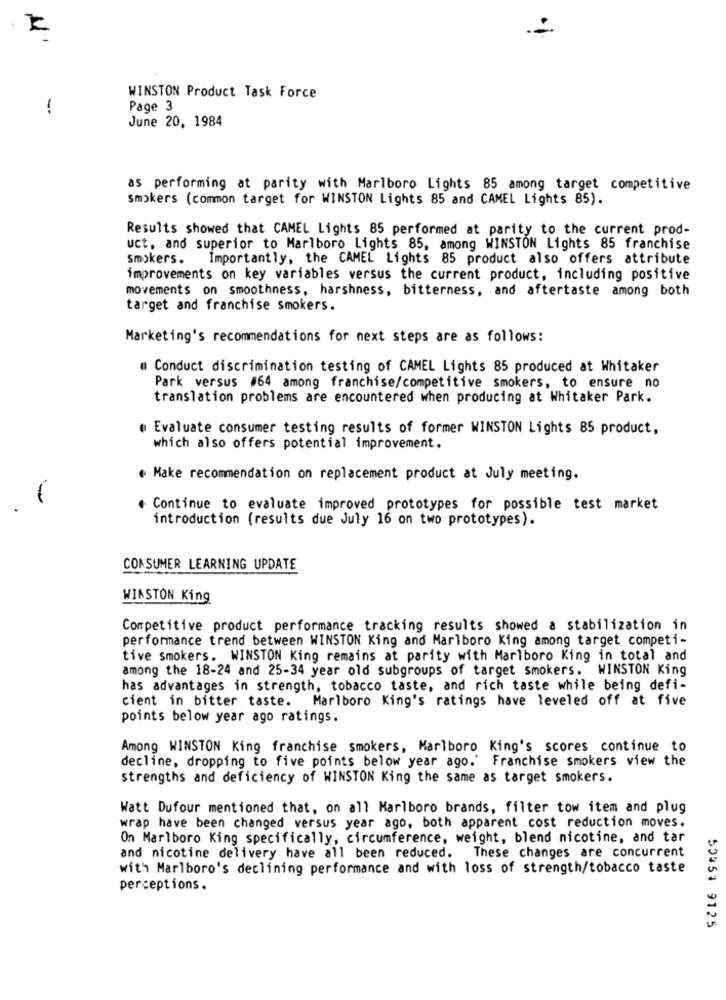
11
WINSTON Product Task Force
-
Page 3
June 20, 1984
as performing at parity with Marlboro Lights 85 among target competitive
smokers (common target for WINSTON Lights 85 and CAMEL Lights 85).
Results showed that CAMEL Lights 85 performed at parity to the current prod-
uct, and superior to Marlboro Lights 85, among WINSTON Lights 85 franchise
smokers. Importantly, the CAMEL Lights 85 product also offers attribute
improvements on key variables versus the current product, including positive
movements on smoothness, harshness, bitterness, and aftertaste among both
target and franchise smokers.
Marketing's recommendations for next steps are as follows:
Conduct discrimination testing of CAMEL Lights 85 produced at Whitaker
Park versus #64 among franchise/competitive smokers, to ensure no
translation problems are encountered when producing at Whitaker Park.
@ Evaluate consumer testing results of former WINSTON Lights 85 product,
which also offers potential improvement.
. Make recommendation on replacement product at July meeting.
-
Continue to evaluate improved prototypes for possible test market
introduction (results due July 16 on two prototypes).
CONSUMER LEARNING UPDATE
WINSTON King
Competitive product performance tracking results showed a stabilization in
performance trend between WINSTON King and Marlboro King among target competi-
tive smokers. WINSTON King remains at parity with Marlboro King in total and
among the 18-24 and 25-34 year old subgroups of target smokers. WINSTON King
has advantages in strength, tobacco taste, and rich taste while being defi-
cient in bitter taste. Marlboro King's ratings have leveled off at five
points below year ago ratings.
Among WINSTON King franchise smokers, Marlboro King's scores continue to
decline, dropping to five points below year ago.' Franchise smokers view the
strengths and deficiency of WINSTON King the same as target smokers.
Watt Dufour mentioned that, on all Marlboro brands, filter tow item and plug
wrap have been changed versus year ago, both apparent cost reduction moves.
On Marlboro King specifically, circumference, weight, blend nicotine, and tar
and nicotine delivery have all been reduced. These changes are concurrent
with Marlboro's declining performance and with loss of strength/tobacco taste
perceptions.
50453 9125